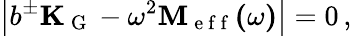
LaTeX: \left|b^{\pm}\mathbf{K_{\mathrm{~G~}}}-\omega^{2}\mathbf{M_{\mathrm{~e~f~f~}}(\omega)}\right|=0\, ,